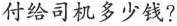
付给司机多少钱?